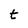
Character: t